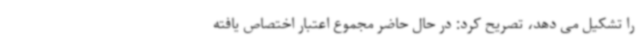
را تشکیل می دهد، تصریح کرد: در حال حاضر مجموع اعتبار اختصاص یافته